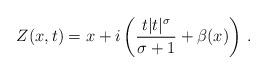
LaTeX: \begin{align*}Z(x,t)=x+i\left(\frac{t|t|^\sigma}{\sigma+1}+\beta(x)\right)\, .\end{align*}